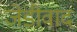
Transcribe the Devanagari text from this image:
जेडीवाद